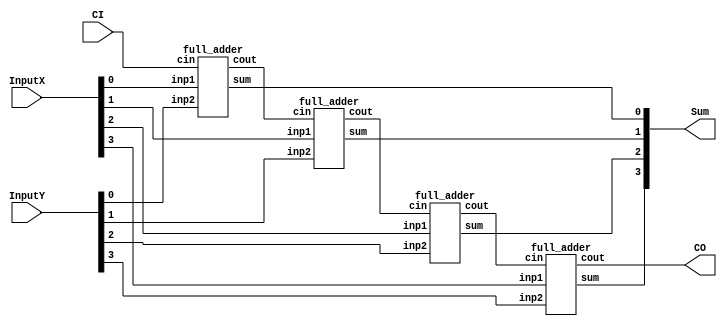
module adder4 (InputX, InputY, CI, CO, Sum);
	input [3:0] InputX, InputY;
	input CI;
	output CO;
	output [3:0] Sum;

wire [2:0] c;

full_adder f1 (Sum[0], c[0], CI, InputX[0], InputY[0]);
full_adder f2 (Sum[1], c[1], c[0], InputX[1], InputY[1]);
full_adder f3 (Sum[2], c[2], c[1], InputX[2], InputY[2]);
full_adder f4 (Sum[3], CO, c[2], InputX[3], InputY[3]);

endmodule

module	full_adder(sum, cout, cin, inp1, inp2);

input cin, inp1, inp2;
output sum, cout;

wire w1, w2, w3;
xor x1(w1, inp1, inp2);
xor x2(sum, w1, cin);
and a1(w2, inp1, inp2);
and a2(w3, w1, cin);
or o1(cout, w2, w3);
endmodule